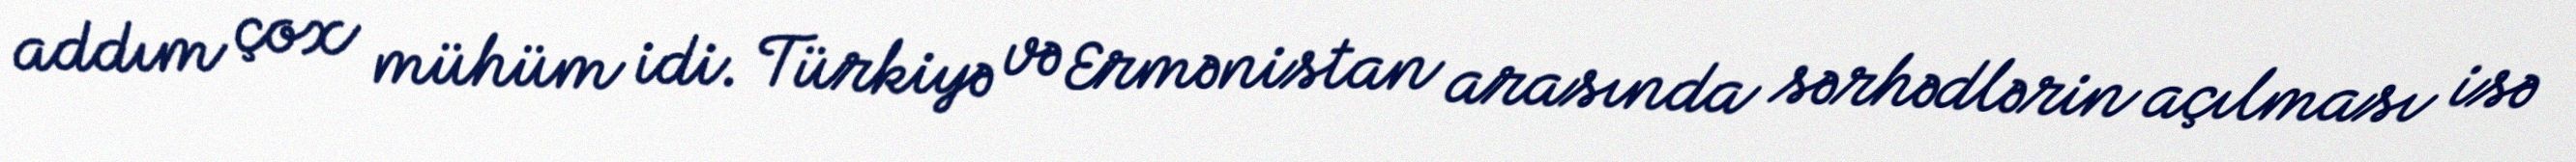
addım çox mühüm idi. Türkiyə və Ermənistan arasında sərhədlərin açılması isə